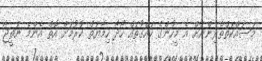
މަސައްކަތްތެރިންނަށް އެ މީހުންގެ ހައްގުތައް ހޯދާ ހިމާޔަތް ކުރުމަށް އޮތް އެންމެ ނަތީޖާ